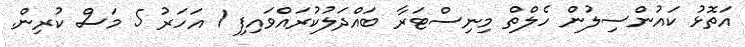
އަތޮޅު ކައުންސިލުން ހެލްތް މިނިސްޓަރާ ބައްދަލުކުރައްވައިފި 1 އަހަރު 5 މަސް ކުރިން.